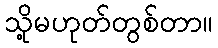
သို့မဟုတ်တွစ်တာ။